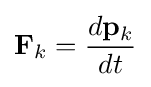
\mathbf {F} _{k}={\frac {d\mathbf {p} _{k}}{dt}}